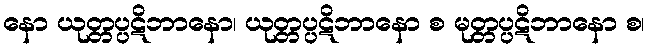
နော ယုတ္တပ္ပဋိဘာနော၊ ယုတ္တပ္ပဋိဘာနော စ မုတ္တပ္ပဋိဘာနော စ၊